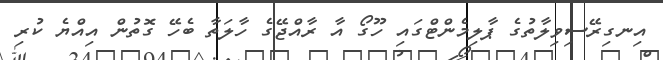
އިނގިރޭސިވިލާތުގެ ޕާލިމެންޓްގައި ހޫގޯ އާ ރާއްޖޭގެ ހާލަތާ ބެހޭ ގޮތުން އިއްޔެ ކުރި